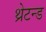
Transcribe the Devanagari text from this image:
थ्रेटन्ड